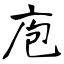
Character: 庖